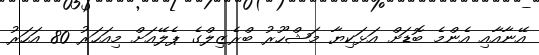
އޭނާއާއި އެންމެ ބޮޑަށް އަޅަކިޔާ މަޝްހޫރު ބްރެޒިލްގެ ޕެލޭއަށް މިއަހަރު 80 އަހަރު